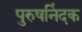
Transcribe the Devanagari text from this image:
पुरुषनिंदक